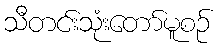
သီတင်းသုံးတော်မူစဉ်